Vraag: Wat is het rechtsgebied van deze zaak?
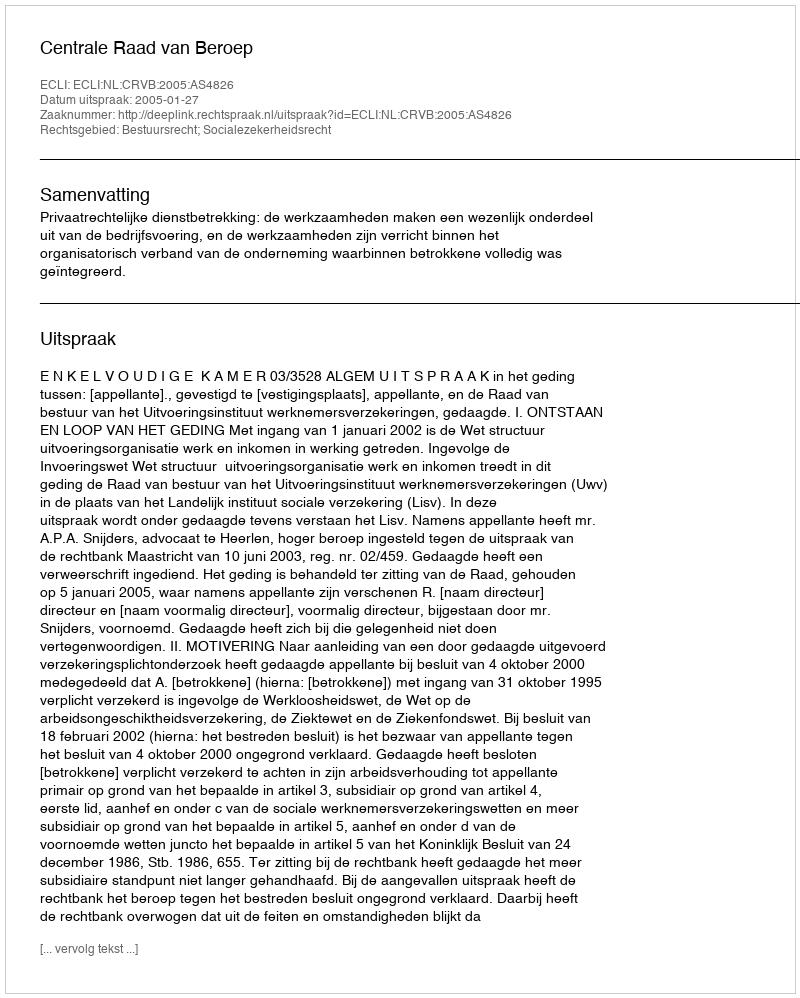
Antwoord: Bestuursrecht; Socialezekerheidsrecht